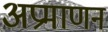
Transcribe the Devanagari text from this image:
अप्रमाणन